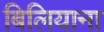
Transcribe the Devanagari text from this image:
बिलियाना